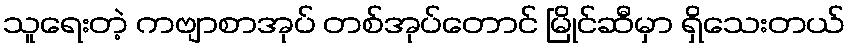
သူရေးတဲ့ ကဗျာစာအုပ် တစ်အုပ်တောင် မြိုင်ဆီမှာ ရှိသေးတယ်